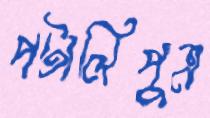
পটালিপুত্র